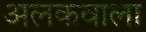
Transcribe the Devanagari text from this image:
अलकवाला